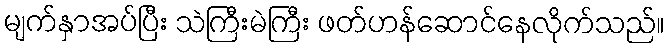
မျက်နှာအပ်ပြီး သဲကြီးမဲကြီး ဖတ်ဟန်ဆောင်နေလိုက်သည်။